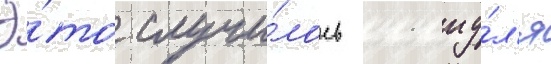
Э́то случи́лось 11 иу́л'я